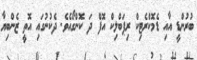
ބުރުންޑީ އާއި ޑެމޮކްރެޓިކް ރިޕަބްލިކް އޮފް ދަ ކޮންގޯއެވެ. ދެކުނުގައި އޮތީ ޒެންބިޔާ